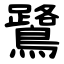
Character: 鷺